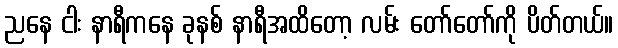
ညနေ ငါး နာရီကနေ ခုနစ် နာရီအထိတော့ လမ်း တော်တော်ကို ပိတ်တယ်။